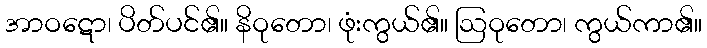
အာဝဋော၊ ပိတ်ပင်၏။ နိဝုတော၊ ဖုံးကွယ်၏။ ဩဝုတော၊ ကွယ်ကာ၏။